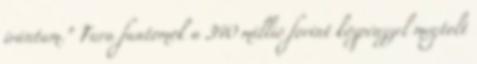
irántam.” Fura fantomok a 340 millió forint közpénzzel megtolt